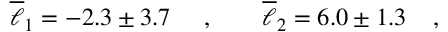
\overline { { { \ell } } } _ { 1 } = - 2 . 3 \pm 3 . 7 \; \; \; \; \; , \; \; \; \; \; \; \; \overline { { { \ell } } } _ { 2 } = 6 . 0 \pm 1 . 3 \; \; \; \; ,